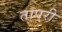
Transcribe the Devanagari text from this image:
तापरी